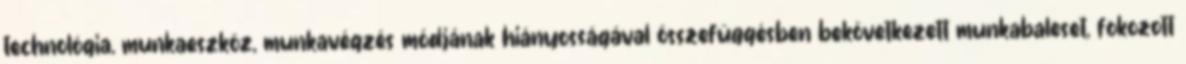
technológia, munkaeszköz, munkavégzés módjának hiányosságával összefüggésben bekövetkezett munkabaleset, fokozott